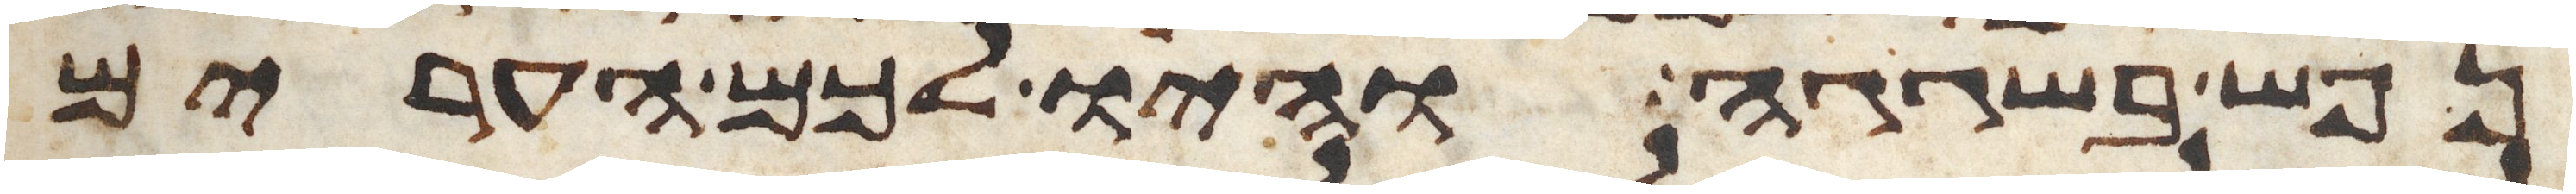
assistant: נפש בשגגה והיו לכם הערים